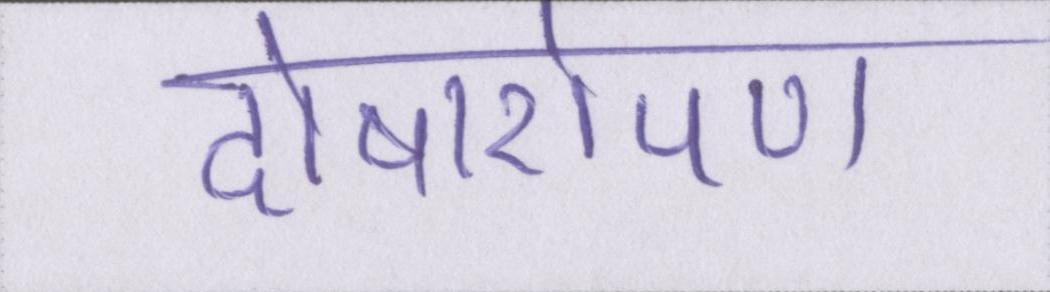
दोषारोपण